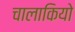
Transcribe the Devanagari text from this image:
चालाकियो